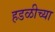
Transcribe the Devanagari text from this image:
हडळीच्या